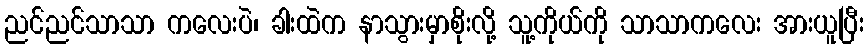
ညင်ညင်သာသာ ကလေးပဲ၊ ခါးထဲက နာသွားမှာစိုးလို့ သူ့ကိုယ်ကို သာသာကလေး အားယူပြီး